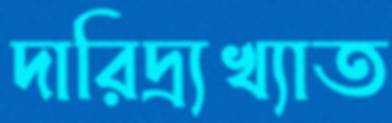
দারিদ্র্যখ্যাত